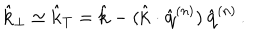
LaTeX: \hat { { \bf k } } _ { \perp } \simeq \hat { { \bf k } } _ { T } = \hat { { \bf k } } - ( \hat { { \bf k } } \cdot \hat { { \bf q } } ^ { ( n ) } ) \, \hat { { \bf q } } ^ { ( n ) } \, .